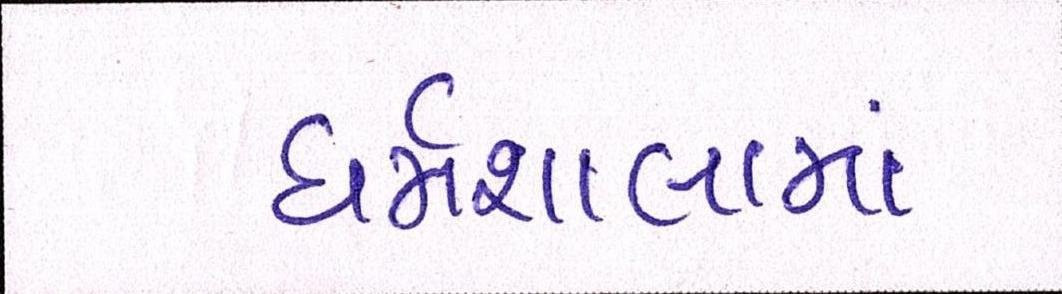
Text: ધર્મશાલામાં